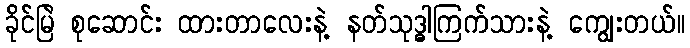
ခိုင်မြဲ စုဆောင်း ထားတာလေးနဲ့ နတ်သုဒ္ဓါကြက်သားနဲ့ ကျွေးတယ်။